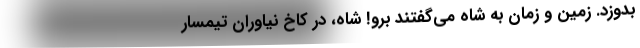
بدوزد. زمین و زمان به شاه می‌گفتند برو! شاه، در کاخ نیاوران تیمسار